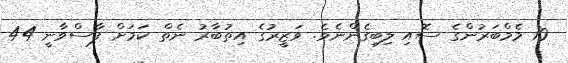
10 މެމްބަރުންގެ ސޮއި ލިބިގެންނެވެ. ވަޒީރުގެ އިތުބާރު ނެތް ކަމަށް ފާސްވާނީ 44